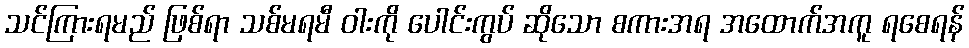
သင်ကြားရမည် ဖြစ်ရာ သစ်မရမီ ဝါးကို ပေါင်းကွပ် ဆိုသော စကားအရ အထောက်အကူ ရစေရန်